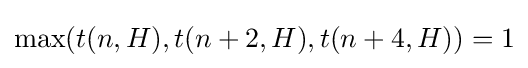
\max(t(n,H),t(n+2,H),t(n+4,H))=1